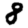
Digit: 8